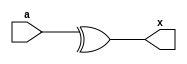
`timescale 1ns / 1ps
//////////////////////////////////////////////////////////////////////////////////
// Company: 
// Engineer: 
// 
// Design Name: 
// Module Name: parity
// Project Name: 
// Target Devices: 
// Tool Versions: 
// Description: 
// 
// Dependencies: 
// 
// Revision:
// Revision 0.01 - File Created
// Additional Comments:
// 
//////////////////////////////////////////////////////////////////////////////////


module parity(a, x);
    input[7:0] a;
    output reg x;

    always @(a)
        x <= ^a;
endmodule